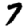
Digit: 7